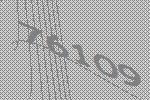
76109